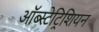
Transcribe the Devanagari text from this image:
ऑब्स्टेट्रिशियन